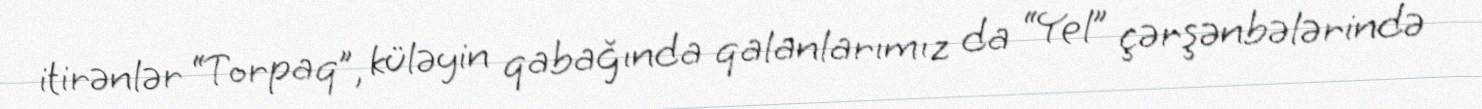
itirənlər “Torpaq”, küləyin qabağında qalanlarımız da “Yel” çərşənbələrində